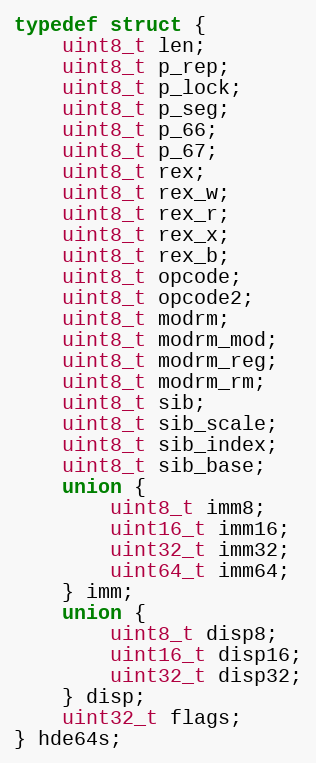
Language: C
typedef struct {
    uint8_t len;
    uint8_t p_rep;
    uint8_t p_lock;
    uint8_t p_seg;
    uint8_t p_66;
    uint8_t p_67;
    uint8_t rex;
    uint8_t rex_w;
    uint8_t rex_r;
    uint8_t rex_x;
    uint8_t rex_b;
    uint8_t opcode;
    uint8_t opcode2;
    uint8_t modrm;
    uint8_t modrm_mod;
    uint8_t modrm_reg;
    uint8_t modrm_rm;
    uint8_t sib;
    uint8_t sib_scale;
    uint8_t sib_index;
    uint8_t sib_base;
    union {
        uint8_t imm8;
        uint16_t imm16;
        uint32_t imm32;
        uint64_t imm64;
    } imm;
    union {
        uint8_t disp8;
        uint16_t disp16;
        uint32_t disp32;
    } disp;
    uint32_t flags;
} hde64s;